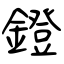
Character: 鐙